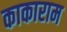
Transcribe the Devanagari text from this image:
काकाराम